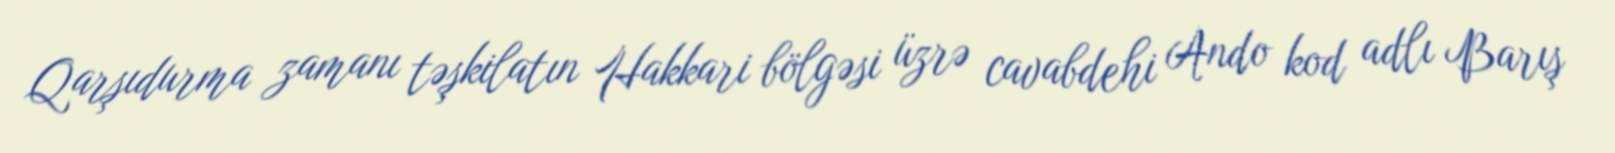
Qarşıdurma zamanı təşkilatın Hakkari bölgəsi üzrə cavabdehi Ando kod adlı Barış